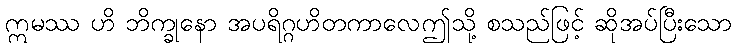
ဣမဿ ဟိ ဘိက္ခုနော အပရိဂ္ဂဟိတကာလေဤသို့ စသည်ဖြင့် ဆိုအပ်ပြီးသော